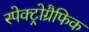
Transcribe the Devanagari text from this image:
स्पेक्ट्रोग्रैफिक